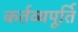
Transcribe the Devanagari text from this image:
कर्तव्यपूर्ति